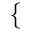
\{